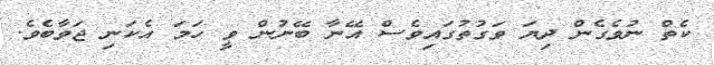
ކެތް ނުވެގެން ދިޔަ ވަގުތުގައިވެސް އޭނާ ބޭނުން ވީ ހަމަ އެކަނި ޖަވާބެވެ.